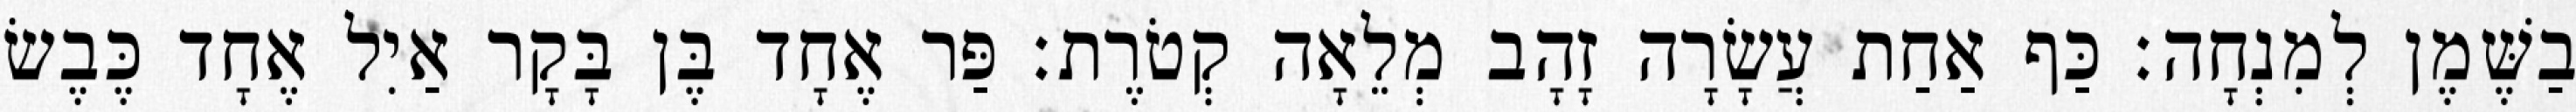
בַשֶּׁמֶן לְמִנְחָה׃ כַּף אַחַת עֲשָׂרָה זָהָב מְלֵאָה קְטֹרֶת׃ פַּר אֶחָד בֶּן בָּקָר אַיִל אֶחָד כֶּבֶשׂ